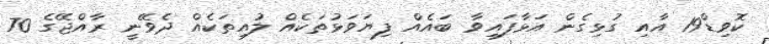
ކޮވިޑް19 އާއި ގުޅިގެން އަޅާފައިވާ ބައެއް ފިޔަވަޅުތަކެއް ލުއިތަކެއް ދެވޭނީ ރާއްޖޭގެ 70